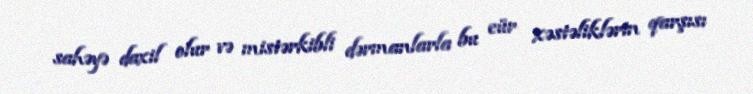
sahəyə daxil olur və mistərkibli dərmanlarla bu cür xəstəliklərin qarşısı